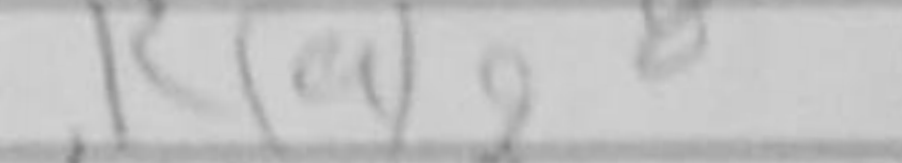
Transcription: Rag8